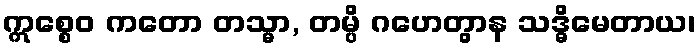
ဣစ္စေဝ ကတော တသ္မာ, တမ္ပိ ဂဟေတွာန သဒ္ဓိမေတာယ၊